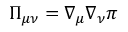
\Pi _ { \mu \nu } = \nabla _ { \mu } \nabla _ { \nu } \pi